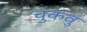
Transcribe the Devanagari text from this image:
चुकवु